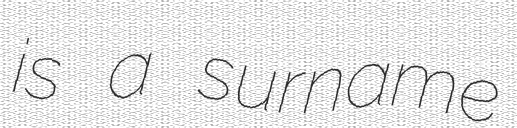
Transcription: is a surname